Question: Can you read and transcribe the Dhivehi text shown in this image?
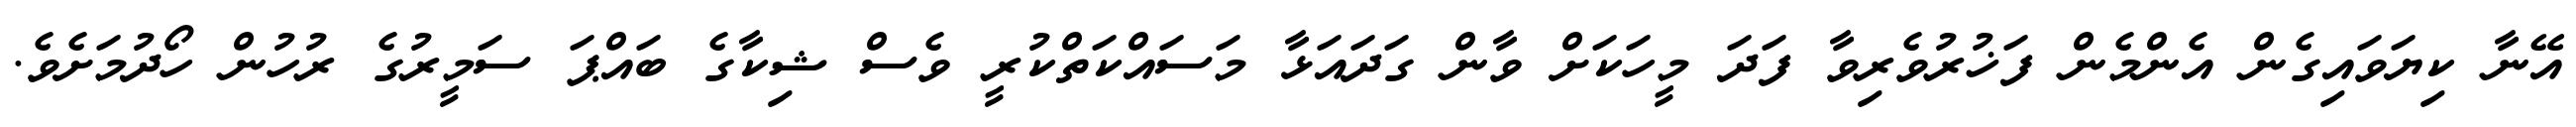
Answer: އޭނާ ކިޔަވައިގެން އެންމެން ފަޚުރުވެރިވާ ފަދަ މީހަކަށް ވާން ގަދައަޅާ މަސައްކަތްކުރީ ވެސް ޝިކާގެ ބައްޕަ ސަމީރުގެ ރުހުން ހޯދުމަށެވެ.